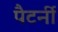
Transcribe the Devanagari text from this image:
पैटर्नी